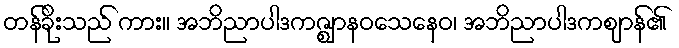
တန်ခိုးသည် ကား။ အဘိညာပါဒကဇ္ဈာနဝသေနေဝ၊ အဘိညာပါဒကဈာန်၏